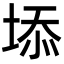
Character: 𡍞